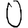
Digit: 0